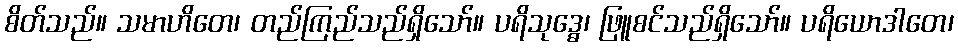
စိတ်သည်။ သမာဟိတေ၊ တည်ကြည်သည်ရှိသော်။ ပရိသုဒ္ဓေ၊ ဖြူစင်သည်ရှိသော်။ ပရိယောဒါတေ၊